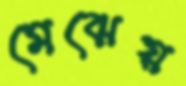
মেঝেয়